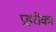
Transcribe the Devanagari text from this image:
प्रहरीका